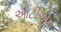
ઓટીએમ